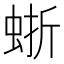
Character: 𧋍